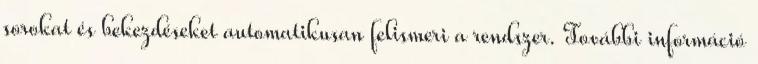
sorokat és bekezdéseket automatikusan felismeri a rendszer. További információ